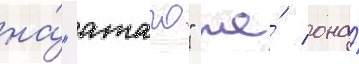
на́ "атаго" же́ она́